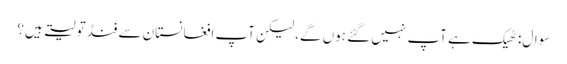
سوال: ٹھیک ہے آپ نہیں گئے ہوں گے، لیکن آپ افغانستان سے فنڈ تو لیتے ہیں؟